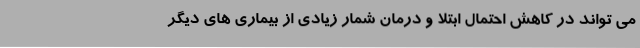
می تواند در کاهش احتمال ابتلا و درمان شمار زیادی از بیماری های دیگر